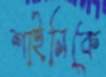
শাইনিকে